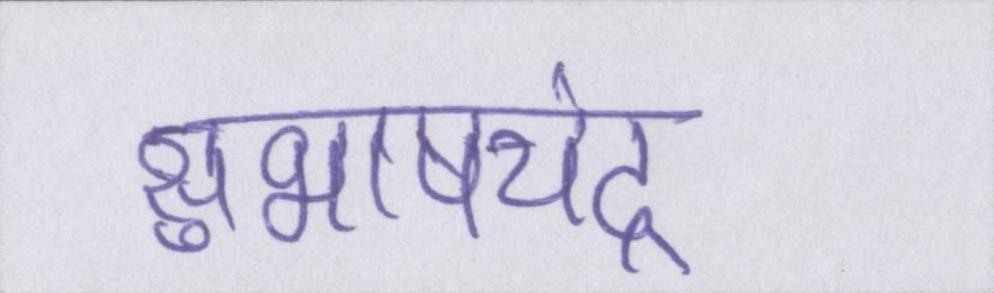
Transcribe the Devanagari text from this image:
सुभाषचंद्र